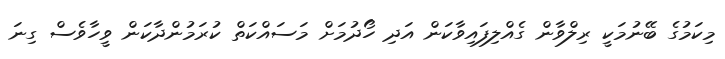
މިކަމުގެ ބޭނުމަކީ ރިލްވާން ގެއްލިފައިވާކަން އަދި ހޯދުމަށް މަސައްކަތް ކުރަމުންދާކަން ވީހާވެސް ގިނަ